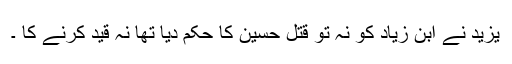
یزید نے ابن زیاد کو نہ تو قتلِ حسینؓ کا حکم دیا تھا نہ قید کرنے کا ۔